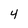
Character: 4